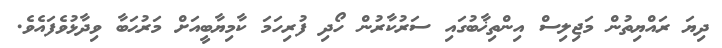
ދިޔަ ރައްޔިތުން މަޖިލިސް އިންތިޚާބުގައި ސަރުކާރުން ހޯދި ފުރިހަމަ ކާމިޔާބީއަށް މަރުޙަބާ ވިދާޅުވެފައެވެ.